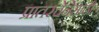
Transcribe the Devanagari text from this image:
प्रांतरचेनेसाठी